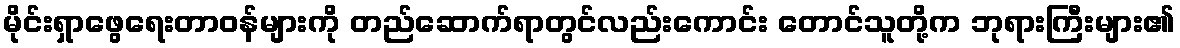
မိုင်းရှာဖွေရေးတာဝန်များကို တည်ဆောက်ရာတွင်လည်းကောင်း တောင်သူတို့က ဘုရားကြီးများ၏